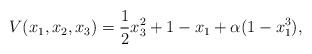
LaTeX: \begin{align*}V(x_1,x_2,x_3) = \frac{1}{2}x_3^2 + 1 - x_1 + \alpha(1 - x_1^3),\end{align*}